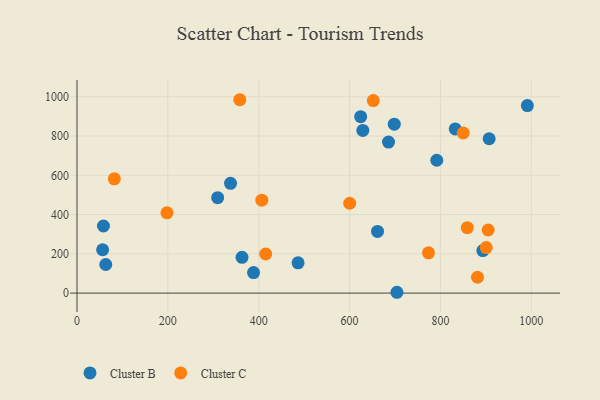
{"axis": {"x": "Engine Size", "y": "Rating"}, "legend": ["Cluster B", "Cluster C"], "data": [{"x": "309.6", "y": 486.1, "type": "Cluster B"}, {"x": "388.6", "y": 104.7, "type": "Cluster B"}, {"x": "907.2", "y": 786.3, "type": "Cluster B"}, {"x": "685.6", "y": 769.2, "type": "Cluster B"}, {"x": "791.9", "y": 676.8, "type": "Cluster B"}, {"x": "991.3", "y": 955.5, "type": "Cluster B"}, {"x": "58.2", "y": 341.7, "type": "Cluster B"}, {"x": "56.4", "y": 220.8, "type": "Cluster B"}, {"x": "486.6", "y": 154.4, "type": "Cluster B"}, {"x": "337.9", "y": 559.2, "type": "Cluster B"}, {"x": "893.3", "y": 216.5, "type": "Cluster B"}, {"x": "832.5", "y": 836.3, "type": "Cluster B"}, {"x": "629.1", "y": 828.7, "type": "Cluster B"}, {"x": "624.4", "y": 898.7, "type": "Cluster B"}, {"x": "704.2", "y": 4.2, "type": "Cluster B"}, {"x": "698.3", "y": 860.5, "type": "Cluster B"}, {"x": "661.5", "y": 314.0, "type": "Cluster B"}, {"x": "363.2", "y": 182.3, "type": "Cluster B"}, {"x": "63.3", "y": 145.7, "type": "Cluster B"}, {"x": "198.0", "y": 408.9, "type": "Cluster C"}, {"x": "82.2", "y": 582.3, "type": "Cluster C"}, {"x": "900.7", "y": 231.7, "type": "Cluster C"}, {"x": "850.1", "y": 815.7, "type": "Cluster C"}, {"x": "415.3", "y": 199.2, "type": "Cluster C"}, {"x": "859.0", "y": 333.2, "type": "Cluster C"}, {"x": "358.3", "y": 985.1, "type": "Cluster C"}, {"x": "652.2", "y": 980.9, "type": "Cluster C"}, {"x": "905.0", "y": 321.4, "type": "Cluster C"}, {"x": "881.5", "y": 80.8, "type": "Cluster C"}, {"x": "773.7", "y": 205.0, "type": "Cluster C"}, {"x": "600.2", "y": 457.6, "type": "Cluster C"}, {"x": "406.8", "y": 473.5, "type": "Cluster C"}]}